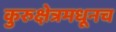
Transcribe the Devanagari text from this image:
कुरुक्षेत्रमधूनच